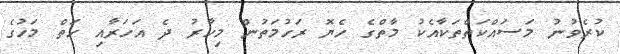
ކުރެވުނު މަސައްކަތްތަކާއެކު މާތްގެ ހެޔޮ ރަހުމަތުން މިހާރު ދެ އަހަރާއި ހަތް މަހުގެ